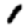
Digit: 1